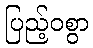
ပြည့်ဝစွာ